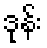
ဒုန်း